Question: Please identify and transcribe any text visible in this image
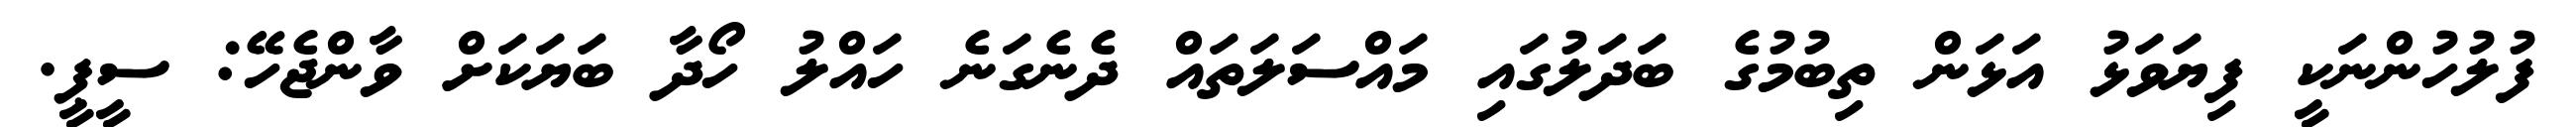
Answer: ފުލުހުންނަކީ ފިޔަވަޅު އަޅަން ތިބުމުގެ ބަދަލުގައި މައްސަލަތައް ދެނެގަނެ ހައްލު ހޯދާ ބަޔަކަށް ވާންޖެހޭ: ސީޕީ.